NAE_eestikeelseid_kaarte, lk 2
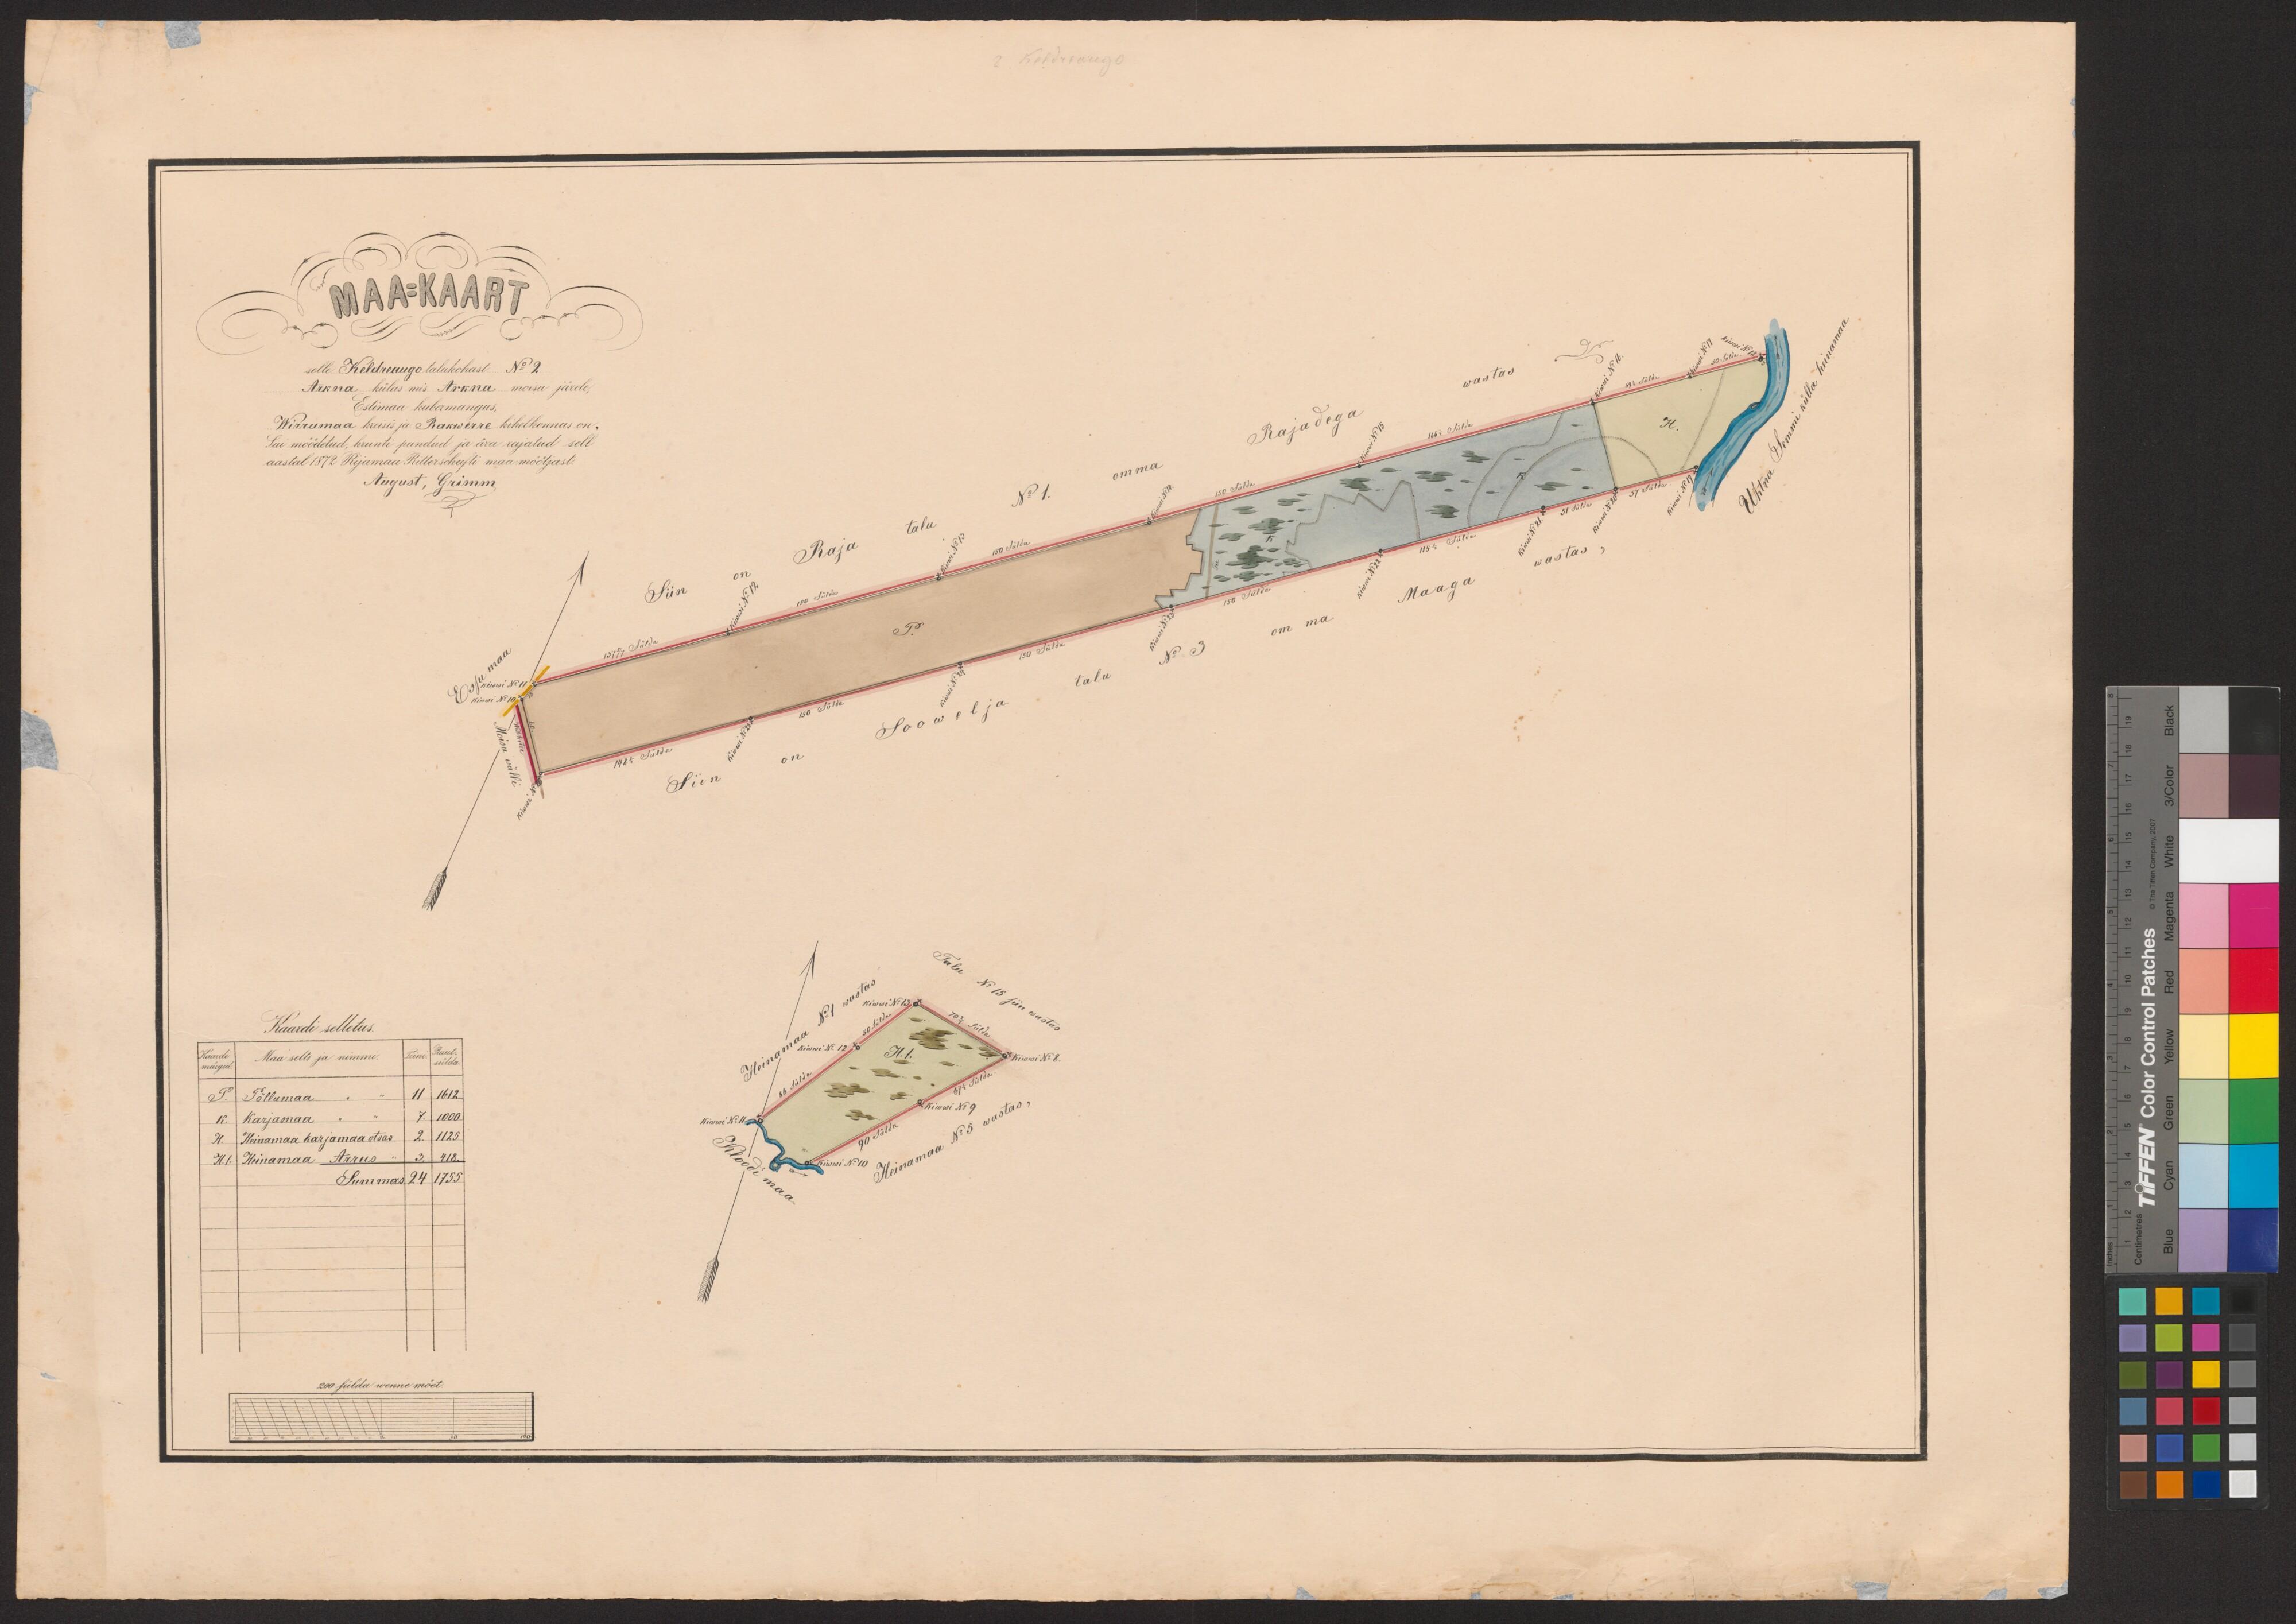
MAA=KAART
selle Kaldreaugo talukohast No 2
Arkna külas mis Arkna mõisa järele,
Estimaa kubermangus,
Wirrumaa kreisis ja Rakwerre kihelkonnas on.
Sai möödetud, krunti pandud ja ära rajatud sell
aastal 1872 Rijamaa Ritterschafti maa möötjast
August, Grimm
Kaardi selletus
Maa selts ja nimmi
Põllumaa
Karjamaa.
Heinamaa karjamaa otsas
Heinamaa Arrus
Summas 24 1755
200 sülda wenne mõet